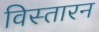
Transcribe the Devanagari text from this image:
विस्तारन